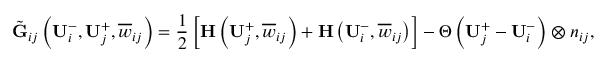
\tilde { \mathbf { G } } _ { i j } \left( \mathbf { U } _ { i } ^ { - } , \mathbf { U } _ { j } ^ { + } , \overline { { \boldsymbol { w } } } _ { i j } \right) = \frac { 1 } { 2 } \left[ \mathbf { H } \left( \mathbf { U } _ { j } ^ { + } , \overline { { \boldsymbol { w } } } _ { i j } \right) + \mathbf { H } \left( \mathbf { U } _ { i } ^ { - } , \overline { { \boldsymbol { w } } } _ { i j } \right) \right] - \boldsymbol { \Theta } \left( \mathbf { U } _ { j } ^ { + } - \mathbf { U } _ { i } ^ { - } \right) \otimes \boldsymbol { n } _ { i j } ,